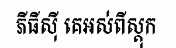
ភីធីស៊ី គេអស់ពីស្តុក